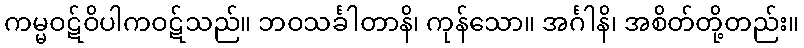
ကမ္မဝဋ်ဝိပါကဝဋ်သည်။ ဘဝသင်္ခါတာနိ၊ ကုန်သော။ အင်္ဂါနိ၊ အစိတ်တို့တည်း။